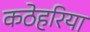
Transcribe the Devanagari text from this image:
कठेहरिया